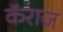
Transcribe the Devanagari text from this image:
कॅराज